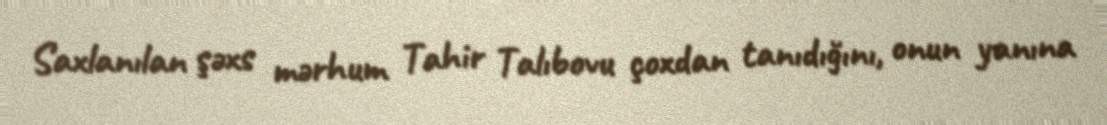
Saxlanılan şəxs mərhum Tahir Talıbovu çoxdan tanıdığını, onun yanına